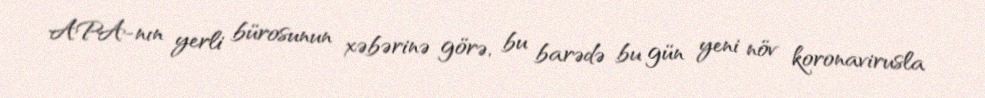
APA-nın yerli bürosunun xəbərinə görə, bu barədə bu gün yeni növ koronavirusla